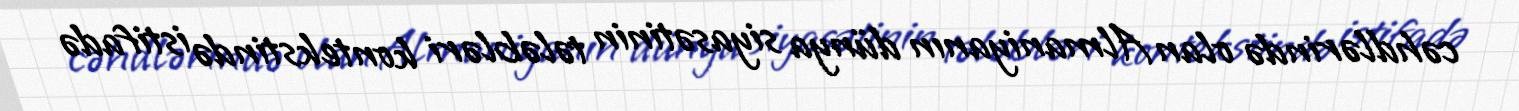
cəhdlərində olan Almaniyanın dünya siyasətinin tələbləri kontekstində istifadə